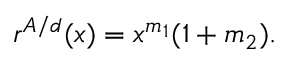
r ^ { A / d } ( x ) = x ^ { m _ { 1 } } ( 1 + m _ { 2 } ) .